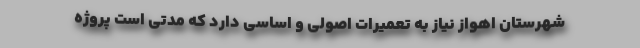
شهرستان اهواز نیاز به تعمیرات اصولی و اساسی دارد که مدتی است پروژه